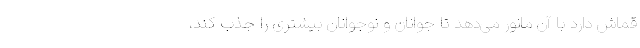
قماش دارد با آن مانور می‌دهد تا جوانان و نوجوانان بیشتری را جذب کند،